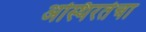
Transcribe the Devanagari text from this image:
अस्थिरतेचा